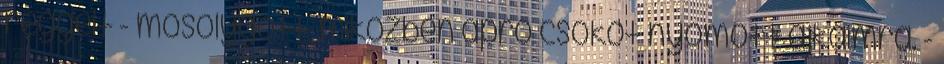
reggelt - mosolygott, miközben apró csókot nyomott ajkaimra. -